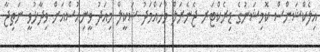
އިލެކްޝަންސް ކޮމިޝަނުގެ ޑިރެކްޓަރ ޖެނެރަލް މުހައްމަދު ޝަކީލް މިއަދު ވީނިއުސްއަށް ވިދާޅުވީ ނަތިޖާ